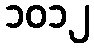
၁၀၁၂